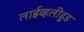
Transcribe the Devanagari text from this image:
लाईव्हलीहुड